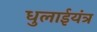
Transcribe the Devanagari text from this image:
धुलाईयंत्र